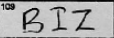
Transcription: BIZ